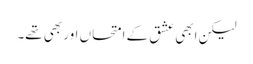
لیکن ابھی عشق کے امتحاں اور بھی تھے۔